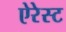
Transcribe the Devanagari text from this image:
ऐरेस्ट